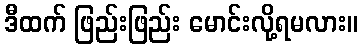
ဒီထက် ဖြည်းဖြည်း မောင်းလို့ရမလား။